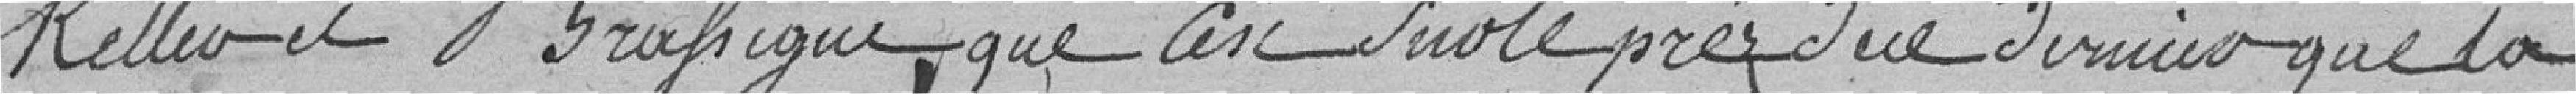
Keller et Brassigue, que c'est sur le pré de ce dernier que la